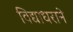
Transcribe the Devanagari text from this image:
विद्याधराने